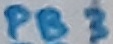
Text: PB3